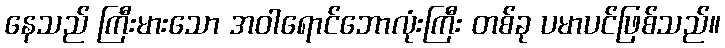
နေသည် ကြီးမားသော အဝါရောင်ဘောလုံးကြီး တစ်ခု ပမာပင်ဖြစ်သည်။